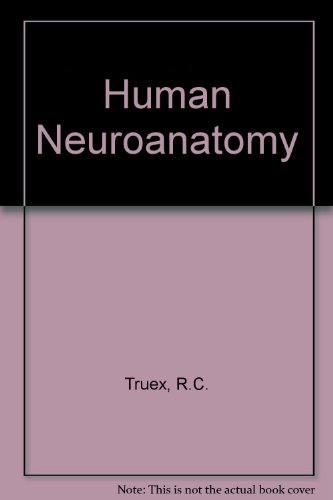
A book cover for Human Neuroanatomy; R.C. Truex; Medical Books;